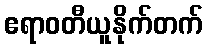
ဧရာဝတီယူနိုက်တက်